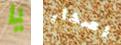
يا اصدار